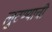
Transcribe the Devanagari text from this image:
लुटण्याची